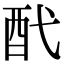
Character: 䣧